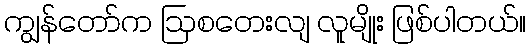
ကျွန်တော်က ဩစတေးလျ လူမျိုး ဖြစ်ပါတယ်။